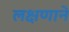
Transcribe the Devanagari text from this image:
लक्षणाने